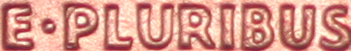
E·PLURIBUS